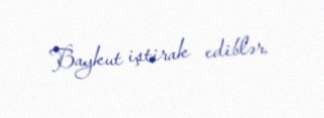
Baykut iştirak ediblər.